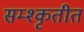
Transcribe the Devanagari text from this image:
सम्श्कृतीत